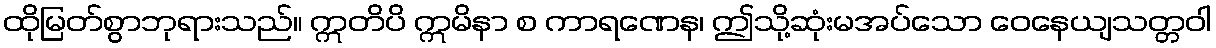
ထိုမြတ်စွာဘုရားသည်။ ဣတိပိ ဣမိနာ စ ကာရဏေန၊ ဤသို့ဆုံးမအပ်သော ဝေနေယျသတ္တဝါ